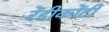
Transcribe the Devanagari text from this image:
रेंडीकोंटी